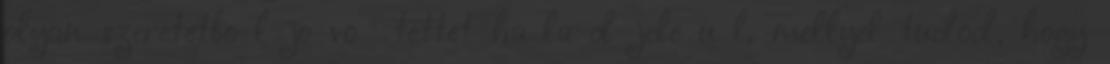
olyan szeretetből jövő tettet hálád jeléül, mellyel tudod, hogy